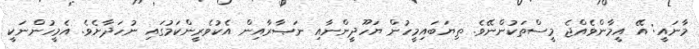
މާނައީ: އޭ އީމާންވެއްޖެ މީސްތަކުންނޭވެ. ތިޔަބައިމީހުން ޔަހޫދީންނާއި ނަޞާރާއިން އެކުވެރީންކަމުގައި ނުހަދާށެވެ. އެމީހުންނަކީ